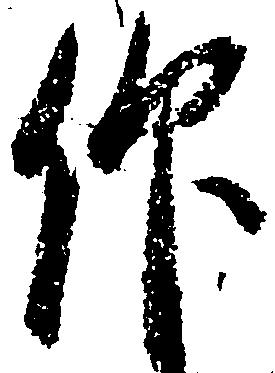
仰